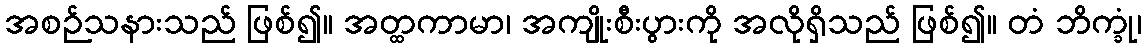
အစဉ်သနားသည် ဖြစ်၍။ အတ္ထကာမာ၊ အကျိုးစီးပွားကို အလိုရှိသည် ဖြစ်၍။ တံ ဘိက္ခုံ၊